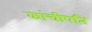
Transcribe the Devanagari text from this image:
कांचीपति